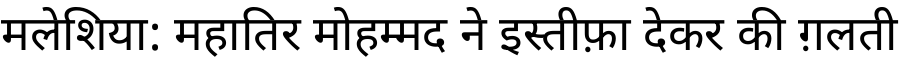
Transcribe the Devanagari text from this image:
मलेशिया: महातिर मोहम्मद ने इस्तीफ़ा देकर की ग़लती